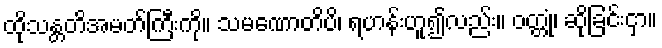
ထိုသန္တတိအမတ်ကြီးကို။ သမဏောတိပိ၊ ရဟန်းဟူ၍လည်း။ ဝတ္တုံ၊ ဆိုခြင်းငှာ။